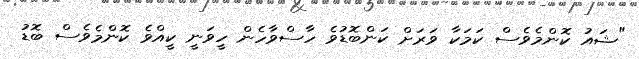
"ޝައު ކޮންމެވެސް ކަމަކާ ވަރަށް ކަންބޮޑުވެ ހާސްވާހެން ހީވަނީ ކީއްވެ ކޮންމެވެސް ބޮޑު